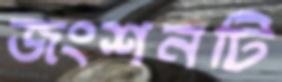
জংশনটি